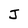
Character: J